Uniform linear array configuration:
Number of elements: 4
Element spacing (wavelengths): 0.25
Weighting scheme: hamming
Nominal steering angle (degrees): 15
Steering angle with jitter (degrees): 15.835
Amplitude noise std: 0.05
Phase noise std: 0.05

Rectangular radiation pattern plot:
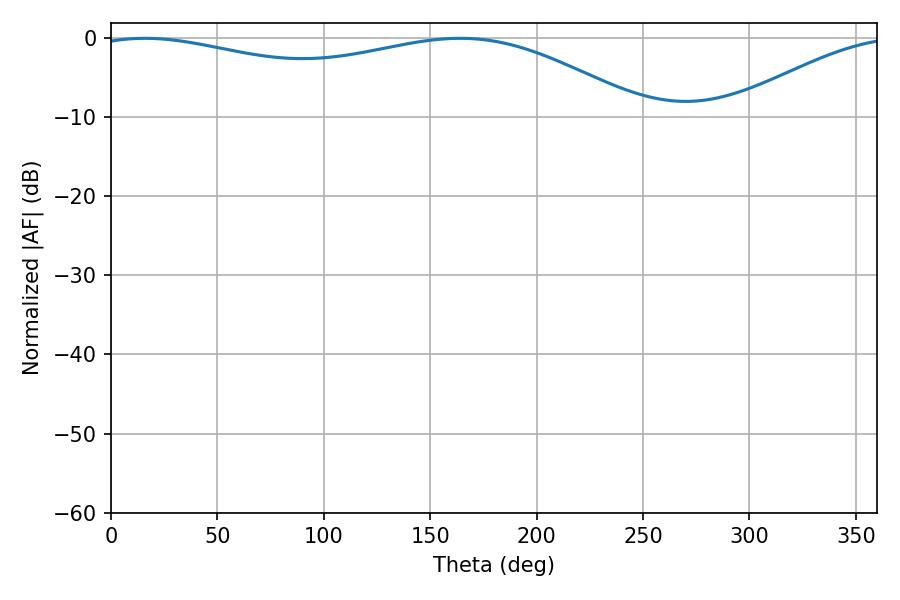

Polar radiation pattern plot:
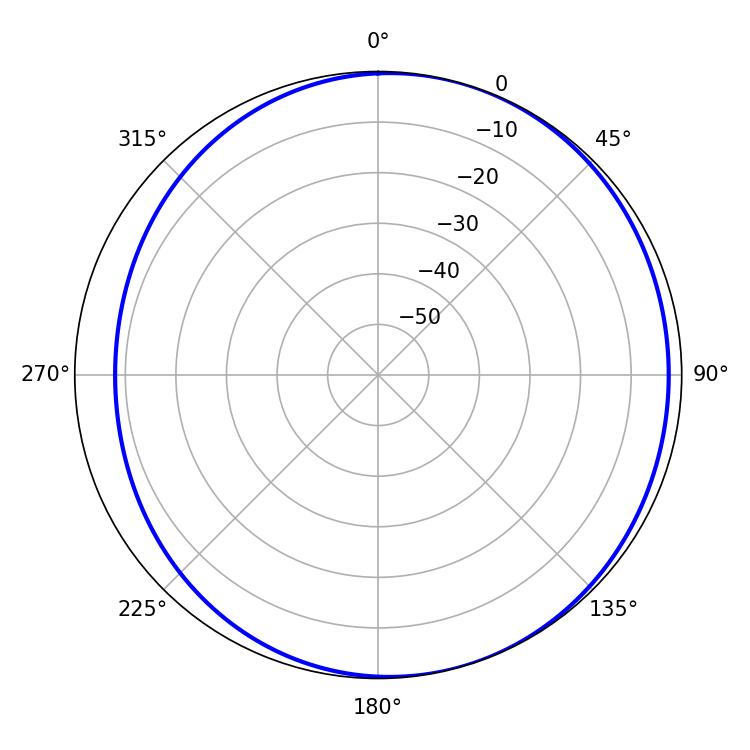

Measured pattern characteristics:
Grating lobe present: FALSE
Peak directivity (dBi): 3.805
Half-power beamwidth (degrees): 211.14
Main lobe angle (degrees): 15.84